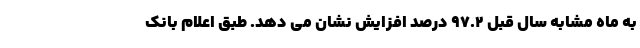
به ماه مشابه سال قبل ۹۷.۲ درصد افزایش نشان می دهد. طبق اعلام بانک